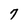
Character: 7